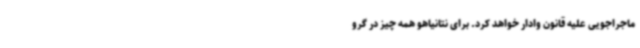
ماجراجویی علیه قانون وادار خواهد کرد. برای نتانیاهو همه چیز در گرو